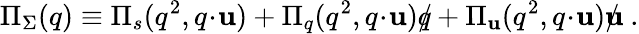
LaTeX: \Pi_{\Sigma}(q)\equiv\Pi_{s}(q^{2},q\! \cdot\! \mathbf{u})+\Pi_{q}(q^{2},q\! \cdot\! \mathbf{u})\rlap{/}{q}+\Pi_{\mathbf{u}}(q^{2},q\! \cdot\! \mathbf{u})\rlap{/}{\mathbf{u}}\ .